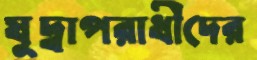
যুদ্বাপরাধীদের